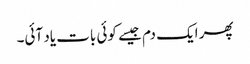
پھر ایک دم جیسے کوئی بات یاد آئی۔